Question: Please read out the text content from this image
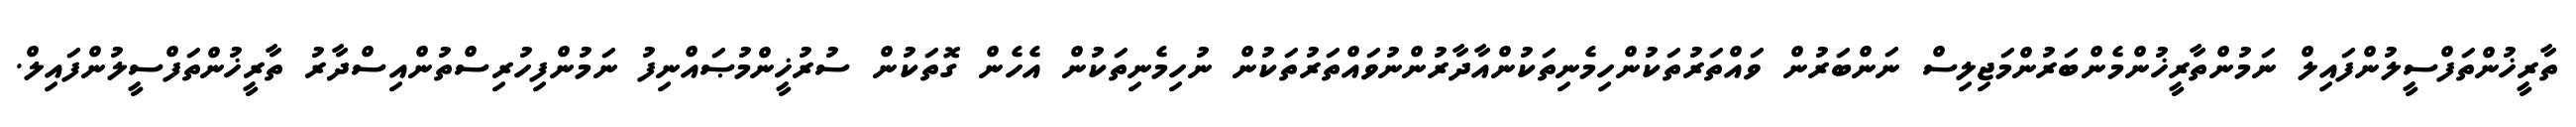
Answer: ތާރީޚުންތަފްސީލުންފައިލް ނަމުންތާރީޚުންމެންބަރުންމަޖިލިސް ނަންބަރުން ވައްތަރުތަކުންހިމެނިތަކުންއާދާރުންނުވައްތަރުތަކުން ނުހިމެނިތަކުން އެހެން ގޮތަކުން ސުރުޚީންމުޞައްނިފު ނަމުންފިހުރިސްތުންއިސްދާރު ތާރީޚުންތަފްސީލުންފައިލް.